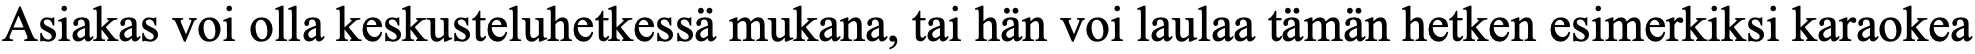
Asiakas voi olla keskusteluhetkessä mukana, tai hän voi laulaa tämän hetken esimerkiksi karaokea